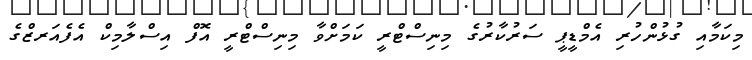
މިކަމާއި ގުޅުންހުރި އެމްޑީޕީ ސަރުކާރުގެ މިނިސްޓްރީ ކަމަށްވާ މިނިސްޓްރީ އޮފް އިސްލާމިކް އެފެއަރޒްގެ